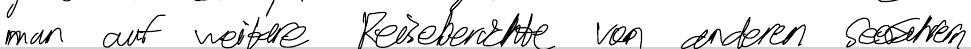
man auf weitere Reiseberichte von anderen Seefahrern